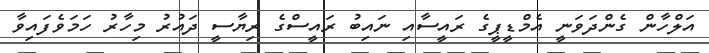
އަލްހާން ގެންދަވަނީ އެމްޑީޕީގެ ރައީސާއި ނައިބު ރައީސްގެ ރިޔާސީ ދައުރު މިހާރު ހަމަވެފައިވާ